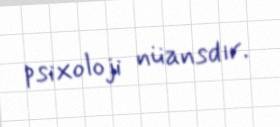
psixoloji nüansdır.